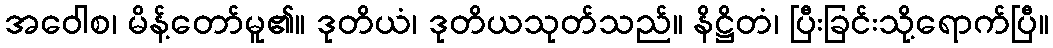
အဝေါစ၊ မိန့်တော်မူ၏။ ဒုတိယံ၊ ဒုတိယသုတ်သည်။ နိဋ္ဌိတံ၊ ပြီးခြင်းသို့ရောက်ပြီ။